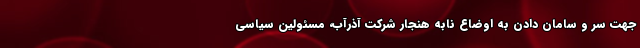
جهت سر و سامان دادن به اوضاع نابه ‌هنجار شرکت آذرآب، مسئولین سیاسی